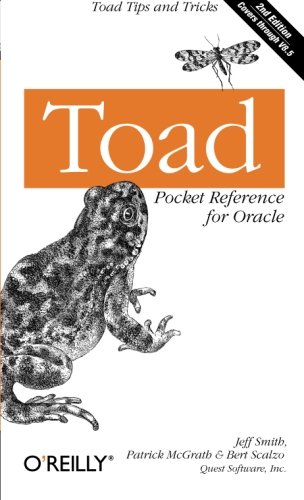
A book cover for Toad Pocket Reference for Oracle (Pocket Reference (O'Reilly)); Jeff Smith; Computers & Technology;